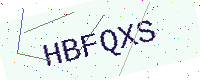
Text: HBFQXS